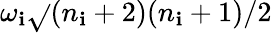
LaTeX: {\omega_{\mathbf{i}}}\sqrt{}{{(n_{\mathbf{i}}+2)(n_{\mathbf{i}}+1)}}/2